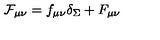
{ \cal F } _ { \mu \nu } = f _ { \mu \nu } \delta _ { \Sigma } + F _ { \mu \nu }